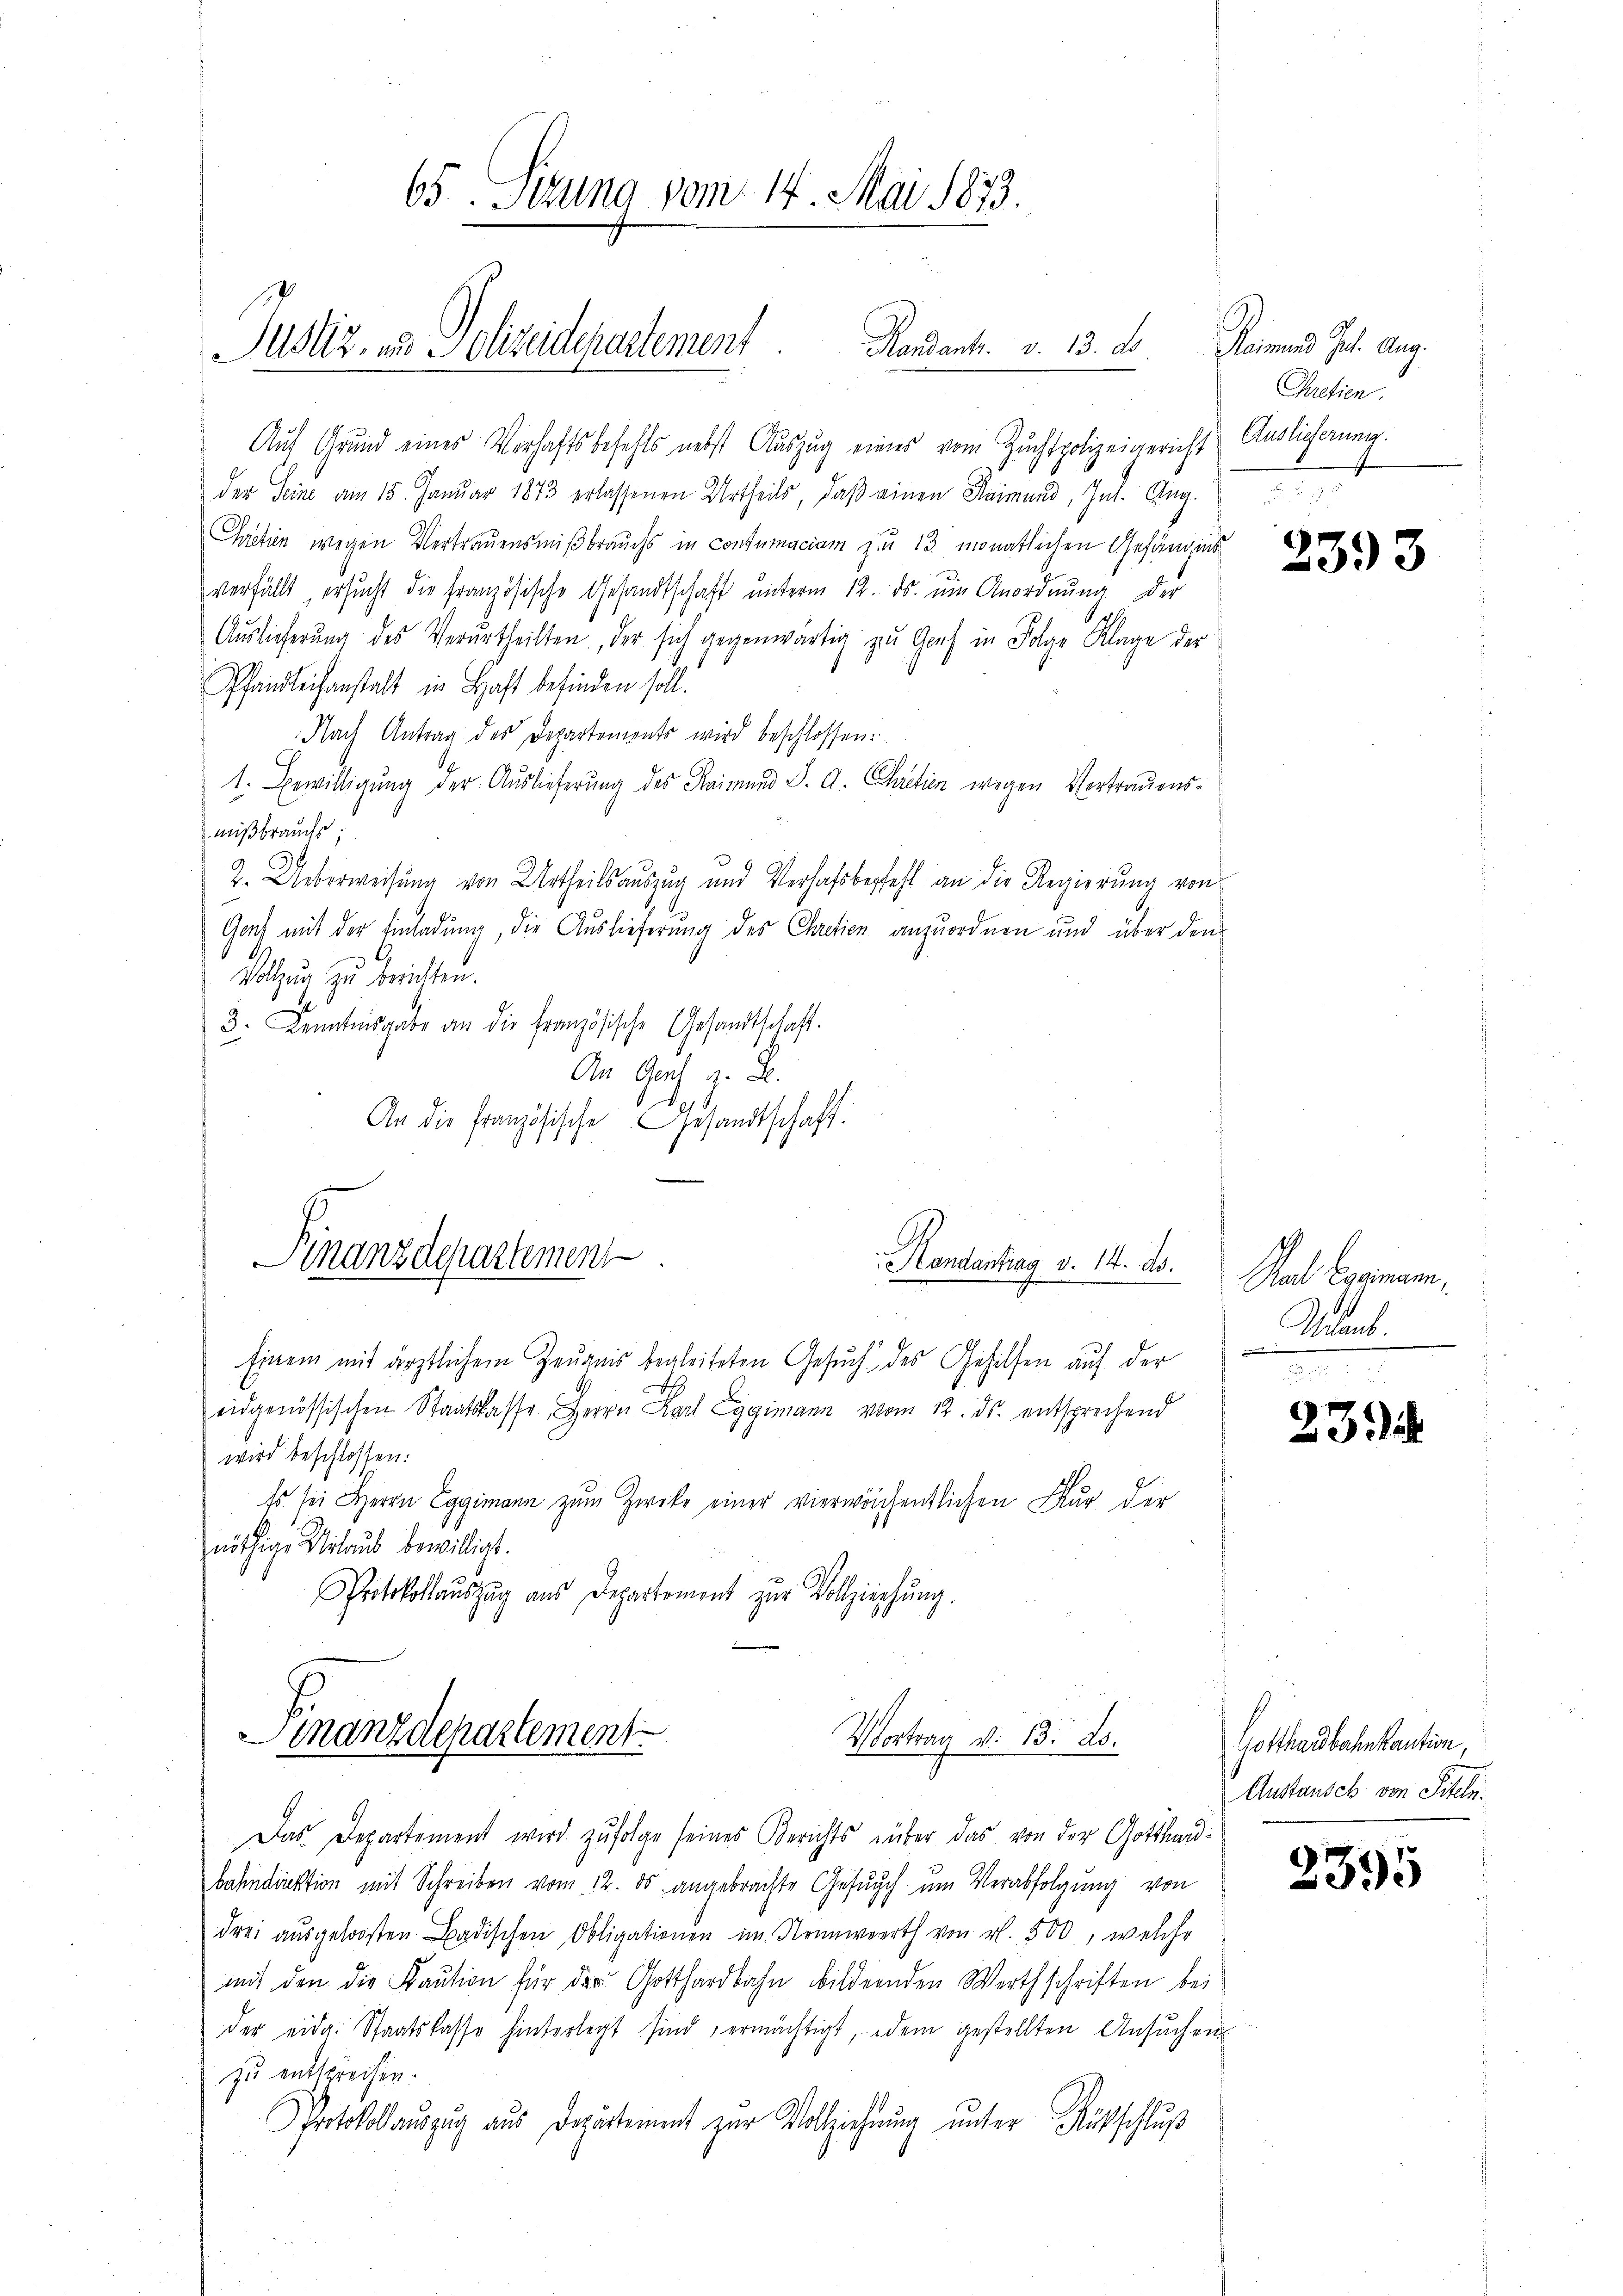
65. Sizung vom 14. Mai 1873.
Justiz- und Polizeidepartement  .       Randants. v. 13. ds

Auf Grund eines Verhaftsbefehls nebst Auszug eines vom Zuchtpolizeigericht Auslicherung.
der Seine am 15. Januar 1873 erlassenen Urtheils, daß einen Raimund, Int. Aug.
Cretien wegen Vertrauensmißbrauchs in Consumaciam zu 13 monatlichen Gefängins
verfällt, ersucht die französische Gesandtschaft unterm 12. ds. ŭm Anordnŭng der
Auslieferung des Verurtheilten, der sich gegenwärtig zu Gaus in Folge Klage der
Pfandleihanstalt in Haft befinden soll.
Nach Antrag des Departements wird beschlossen:
1. Bewilligŭng der Aŭslieferŭng des Raimund S. A. Chretien wegen Vertrauens-
mißbrauchs,
2. Ueberweisung von Urtheilsauszug und Verhaftsbefehl an die Regierung von
Gant mit der Einladung, die Auslieferung des Chretien anzuordnen und über den
Volzung zu berichten.
x
3. Kenntnisgabe an die französische Gesandtschaft.
An Gesch, z. B.
An die französische Gesandtschaft.
Finanzdepartement
Handantrag v. 14. ds.
Einem mit ärztlichem Zeugnis begleiteten Gesuch des Gehilfen auf der
s
eidgenössischen Staatskasse, Herrn Karl Eggimann vom 12. ds. entsprechend
wird beschlossen:
Es sei Herrn Eggimann zum Zwecke einer vierwächentlichen Für der
nöthige Urlaub bewilligt.
Protokollauszug aus Departement zur Vollziehung.

Manzdepartement
Vortrag v. 13. ds.

Das Departement wird. zufolge seines Berichts über das von der Gotthardbahndirektion mit Schreiben vom 12. ds. angebrachte Gesuch um Verabfolgung von
drei aŭsgeloosten Badischen Obligationen im Nennwerth von rl. 500, welche
mit den die Kaŭtion für der Gotthardbahn bildernden Werthschriften bei
der eid. Staatskasse hinterlegt sind ermächtigt, dem gestellten Ansŭchen
zu entsprechen.
Protokollauszug aus Departement zur Vollziehung unter Rückschluß

Reimand Jul. Aug.
Pretien.

2393

Stadt Cagmann,
Aulant.

23

Gotthardbahn kaution,
Austausch von Titeln.

2395